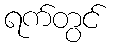
ရက်တွင်